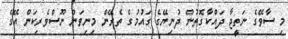
މި ސާވޭގެ ނަތީޖާ ދައްކާގޮތުން ދުނިޔޭގެ ގައުމުގެ ތެރޭން މިނިވަން ނޫސްވެރިކަން އޭގެ